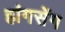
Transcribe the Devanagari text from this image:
हांगसेंग